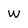
Character: w